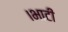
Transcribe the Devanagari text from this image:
।भाटी